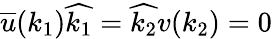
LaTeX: \overline{{{u}}}(k_{1})\widehat{k_{1}}=\widehat{k_{2}}v(k_{2})=0